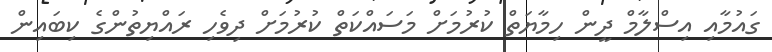
ގައުމާއި އިސްލާމް ދީން ހިމާޔަތް ކުރުމަށް މަސައްކަތް ކުރުމަށް ދިވެހި ރައްޔިތުންގެ ކިބައިން